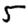
Digit: 5